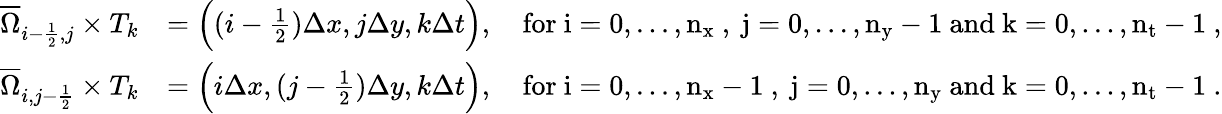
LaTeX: \begin{array}{rl}{\overline{{\Omega}}_{i-\frac{1}{2},j}\times T_{k}}&{=\Big((i-\frac{1}{2})\Delta x,j\Delta y,k\Delta t\Big),\quad\mathrm{for~i=0,...,n_x~,~j=0,...,n_y-1~and~k=0,...,n_t-1~},}\\ {\overline{{\Omega}}_{i,j-\frac{1}{2}}\times T_{k}}&{=\Big(i\Delta x,(j-\frac{1}{2})\Delta y,k\Delta t\Big),\quad\mathrm{for~i=0,...,n_x-1~,~j=0,...,n_y~and~k=0,...,n_t-1~}.}\end{array}